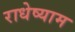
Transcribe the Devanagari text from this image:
राधेष्याम